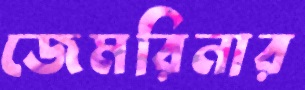
জেমরিনার